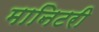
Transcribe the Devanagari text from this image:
मानिटरी